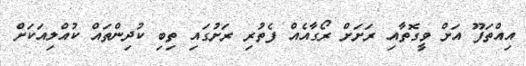
އިއްތަފޫ އަށް ވީގޮތާއި ރަށަށް ރޯގާއެއް ފެތުރި ރަށުގައި ތިބި ކުދިންތައް ކުއްލިއަކަށް